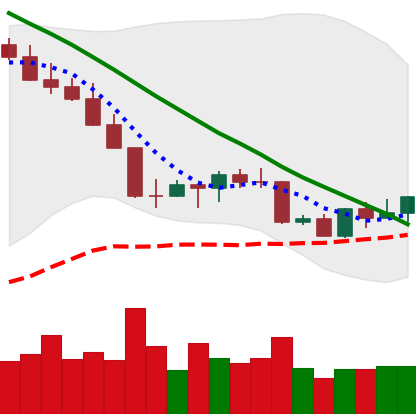
Ticker: LINK-USD
Chart end date: 2022-09-01
Forward return: -3.239%
Label: down_3_5